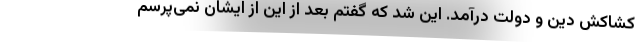
کشاکش دین و دولت درآمد. این شد که گفتم بعد از این از ایشان نمی‌پرسم